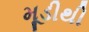
મૂડીથી